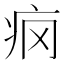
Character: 𰣢